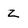
Character: Z